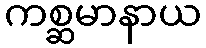
ကစ္ဆမာနာယ